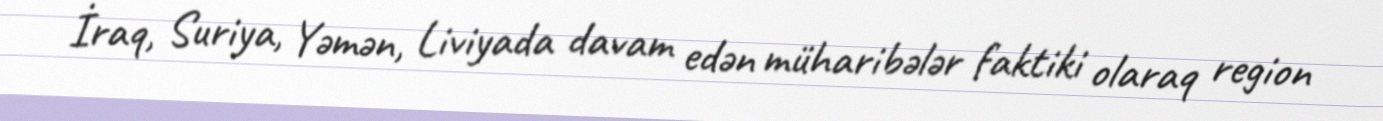
İraq, Suriya, Yəmən, Liviyada davam edən müharibələr faktiki olaraq region